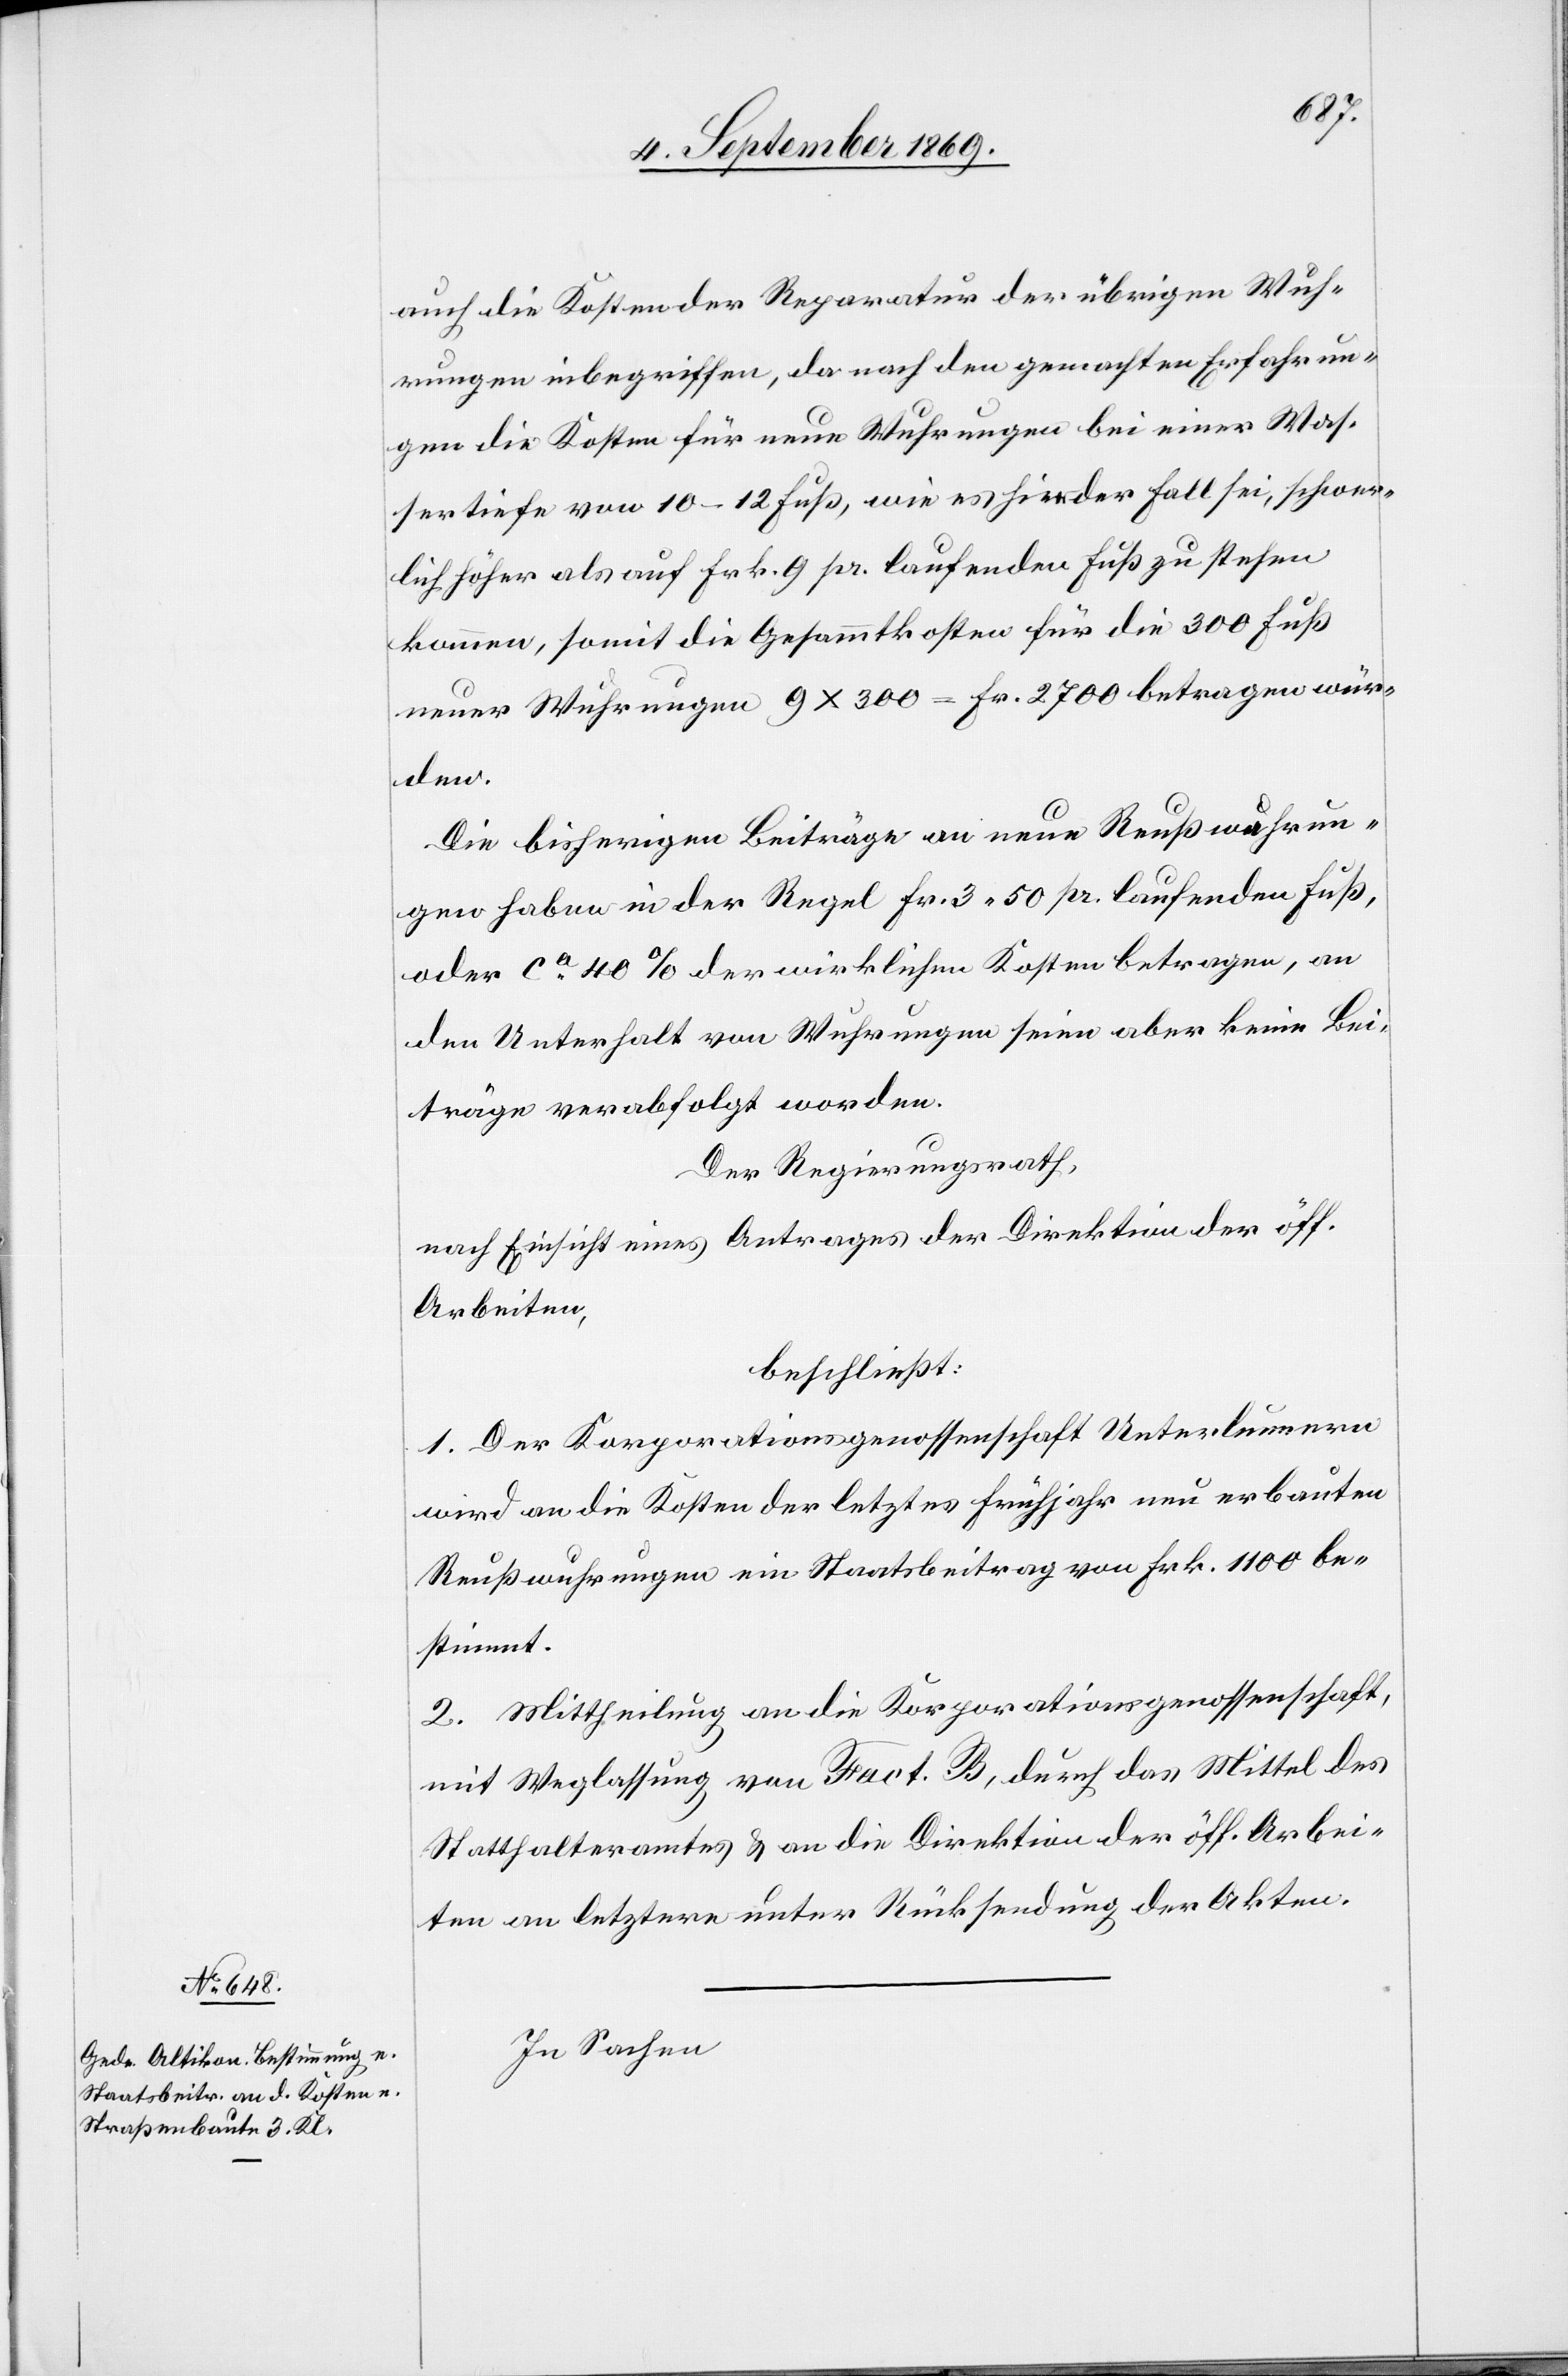
auch die Kosten der Reparatur der übrigen Wuh¬
rungen inbegriffen, da nach den gemachten Erfahrun¬
gen die Kosten für neue Wuhrungen bei einer Was¬
sertiefe von 10–12 Fuß, wie es hier der Fall sei, schwer¬
lich höher als auf Frk. 9 pr. laufenden Fuß zu stehen
kommen, somit die Gesammtkosten für die 300 Fuß
neuer Wuhrungen 9 x 300 = Fr. 2700 betragen wür¬
den.
Die bisherigen Beiträge an neue Reußwuhrun¬
gen haben in der Regel Fr. 3 50 pr. laufenden Fuß,
oder ca 40% der wirklichen Kosten betragen, an
den Unterhalt von Wuhrungen seien aber keine Bei¬
träge verabfolgt worden.
Der Regierungsrath,
nach Einsicht eines Antrages der Direktion der öff.
Arbeiten,
beschließt:
1. Der Korporationsgenossenschaft Unterlunnern
wird an die Kosten der letztes Frühjahr neu erbauten
Reußwuhrungen ein Staatsbeitrag von Frk. 1100 be¬
stimmt.
2. Mittheilung an die Korporationsgenossenschaft,
mit Weglassung von Fact. B, durch das Mittel des
Statthalteramtes & an die Direktion der öff. Arbei¬
ten[,] an letztere unter Rücksendung der Akten.
In Sachen